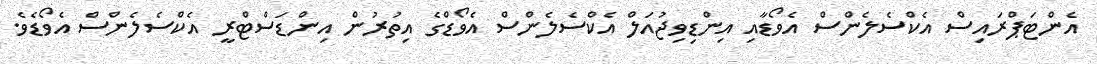
އެންޓަޕްރައިސް އެކްސެލެންސް އެވޯޑާއި އިންޑިވިޖުއަލް އެކްސެލެންސް އެވޯޑްގެ އިތުރުން އިންޑަސްޓްރީ އެކްސެލެންސް އެވޯޑެވެ.